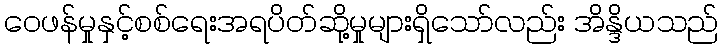
ဝေဖန်မှုနှင့်စစ်ရေးအရပိတ်ဆို့မှုများရှိသော်လည်း အိန္ဒိယသည်